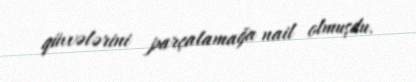
qüvvələrini parçalamağa nail olmuşdu.